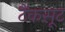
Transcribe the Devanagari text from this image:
टैंकसूट